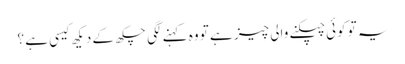
یہ تو کوئی چپکنے والی چیز ہے تو وہ کہنے لگی چکھ کے دیکھ کیسی ہے ؟